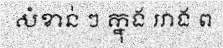
សំខាន់ ៗ ក្នុង រវាង ព